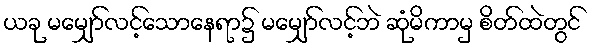
ယခု မမျှော်လင့်သောနေရာ၌ မမျှော်လင့်ဘဲ ဆုံမိကာမှ စိတ်ထဲတွင်